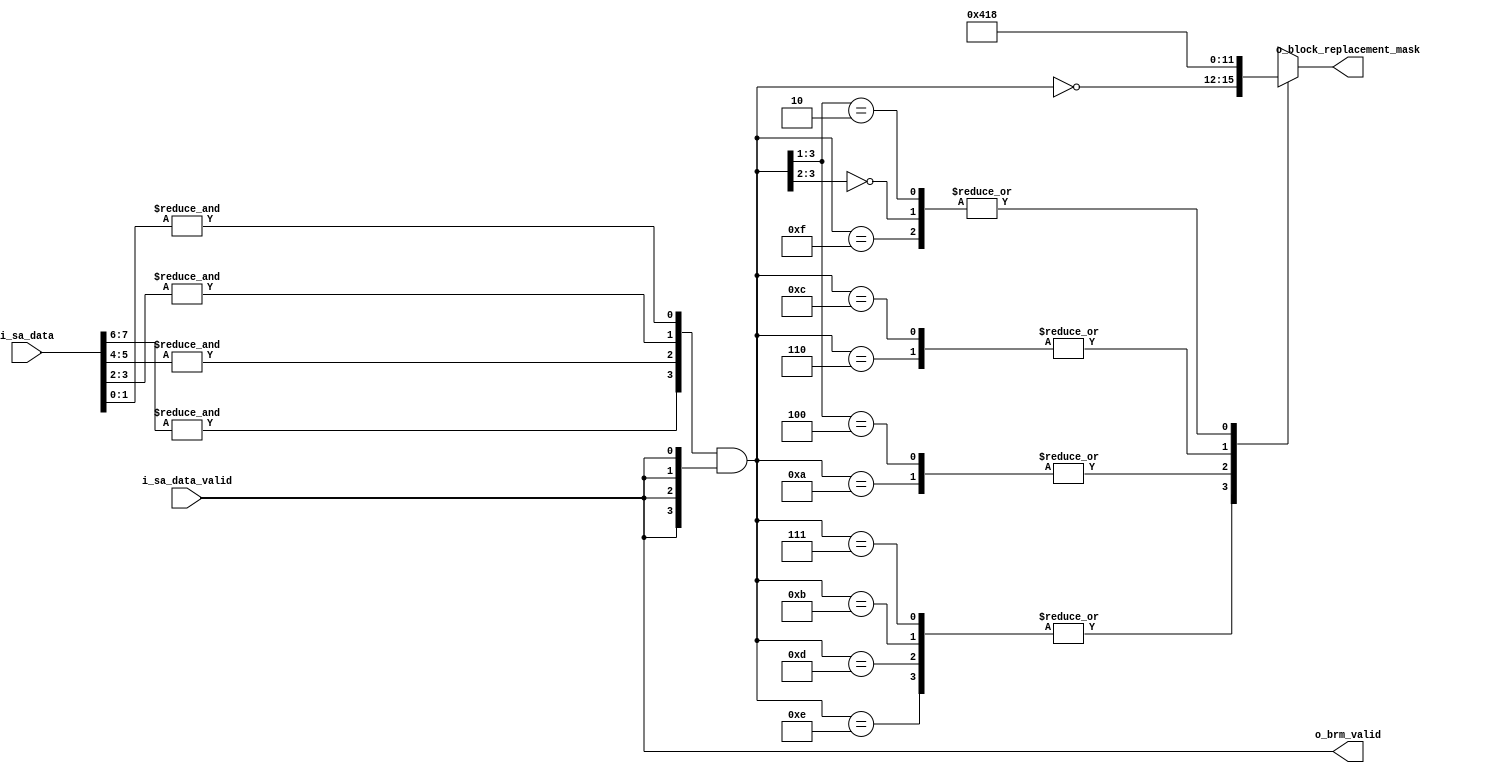
module lru_unit(
    input   wire    [SA_DATA_WIDTH-1:0]     i_sa_data,
    input   wire                            i_sa_data_valid,

    output  reg     [NUM_BLOCKS-1:0]        o_block_replacement_mask,
    output  wire                            o_brm_valid // brm == block replacement mask
);

    localparam SA_DATA_WIDTH = 8; // 4 blocks with 2 bits each
    localparam NUM_BLOCKS = 4;

    // for use in understanding status_array_data
    localparam USE_BIT_IDX      = 0; 
    localparam VALID_BIT_IDX    = 1;

    wire [NUM_BLOCKS-1:0] w_blk_stat = {
        &i_sa_data[7:6],
        &i_sa_data[5:4],
        &i_sa_data[3:2],
        &i_sa_data[1:0]
    } & {NUM_BLOCKS{i_sa_data_valid}};

    assign o_brm_valid = i_sa_data_valid;

    always @(*) begin
        casez(w_blk_stat) 
        4'b00??, 4'b1111 : begin
            o_block_replacement_mask = 4'b1000;
        end
        4'b0111, 4'b1011, 4'b1101, 4'b1110 : begin
            o_block_replacement_mask = ~w_blk_stat;
        end
        4'b100?, 4'b1010 : begin
            o_block_replacement_mask = 4'b0100;
        end
        4'b1100, 4'b0110 : begin
            o_block_replacement_mask = 4'b0001;
        end
        4'b010? : begin
            o_block_replacement_mask = 4'b1000;
        end
        default : begin
            o_block_replacement_mask = 4'b0000;
        end
        endcase
    end

endmodule